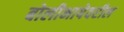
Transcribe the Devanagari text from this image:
बोलीभाषेवरील